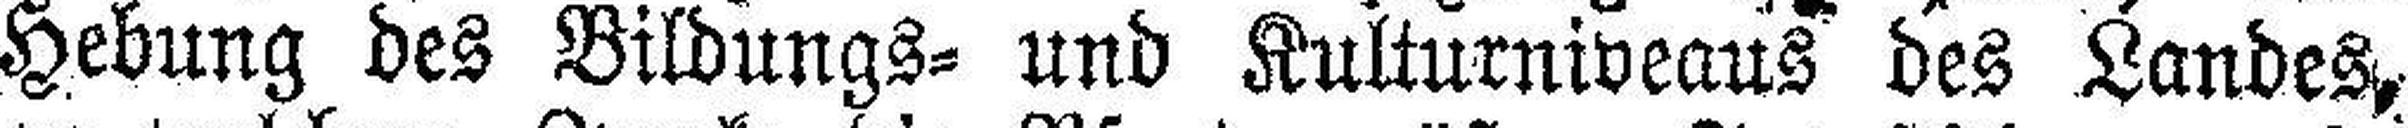
Hebung des Bildungs= und Kulturniveaus des Landes,